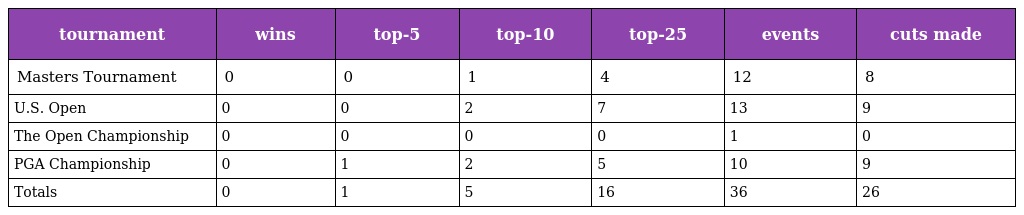
| tournament | wins | top-5 | top-10 | top-25 | events | cuts made |
 | --- | --- | --- | --- | --- | --- | --- |
 | Masters Tournament | 0 | 0 | 1 | 4 | 12 | 8 |
 | U.S. Open | 0 | 0 | 2 | 7 | 13 | 9 |
 | The Open Championship | 0 | 0 | 0 | 0 | 1 | 0 |
 | PGA Championship | 0 | 1 | 2 | 5 | 10 | 9 |
 | Totals | 0 | 1 | 5 | 16 | 36 | 26 |